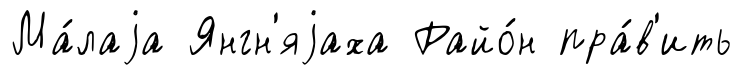
Ма́лаjа Янгн'яjаха Райо́н пра́в'ить